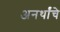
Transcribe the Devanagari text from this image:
अनर्थांचे